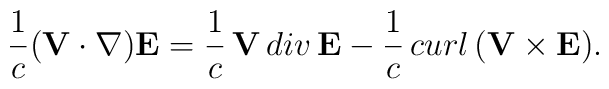
\frac{1}{c}({\bf V}\cdot\nabla){\bf E}=\frac{1}{c}\,{\bf V}\,div\,{\bf E}-\frac{1}{c}\,curl\,({\bf V}\times{\bf E}).